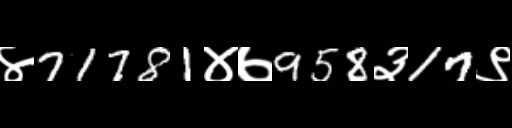
Text: ४71781४७958३17९